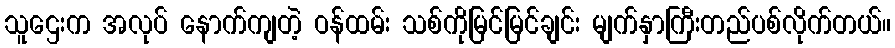
သူဌေးက အလုပ် နောက်ကျတဲ့ ဝန်ထမ်း သစ်ကိုမြင်မြင်ချင်း မျက်နှာကြီးတည်ပစ်လိုက်တယ်။